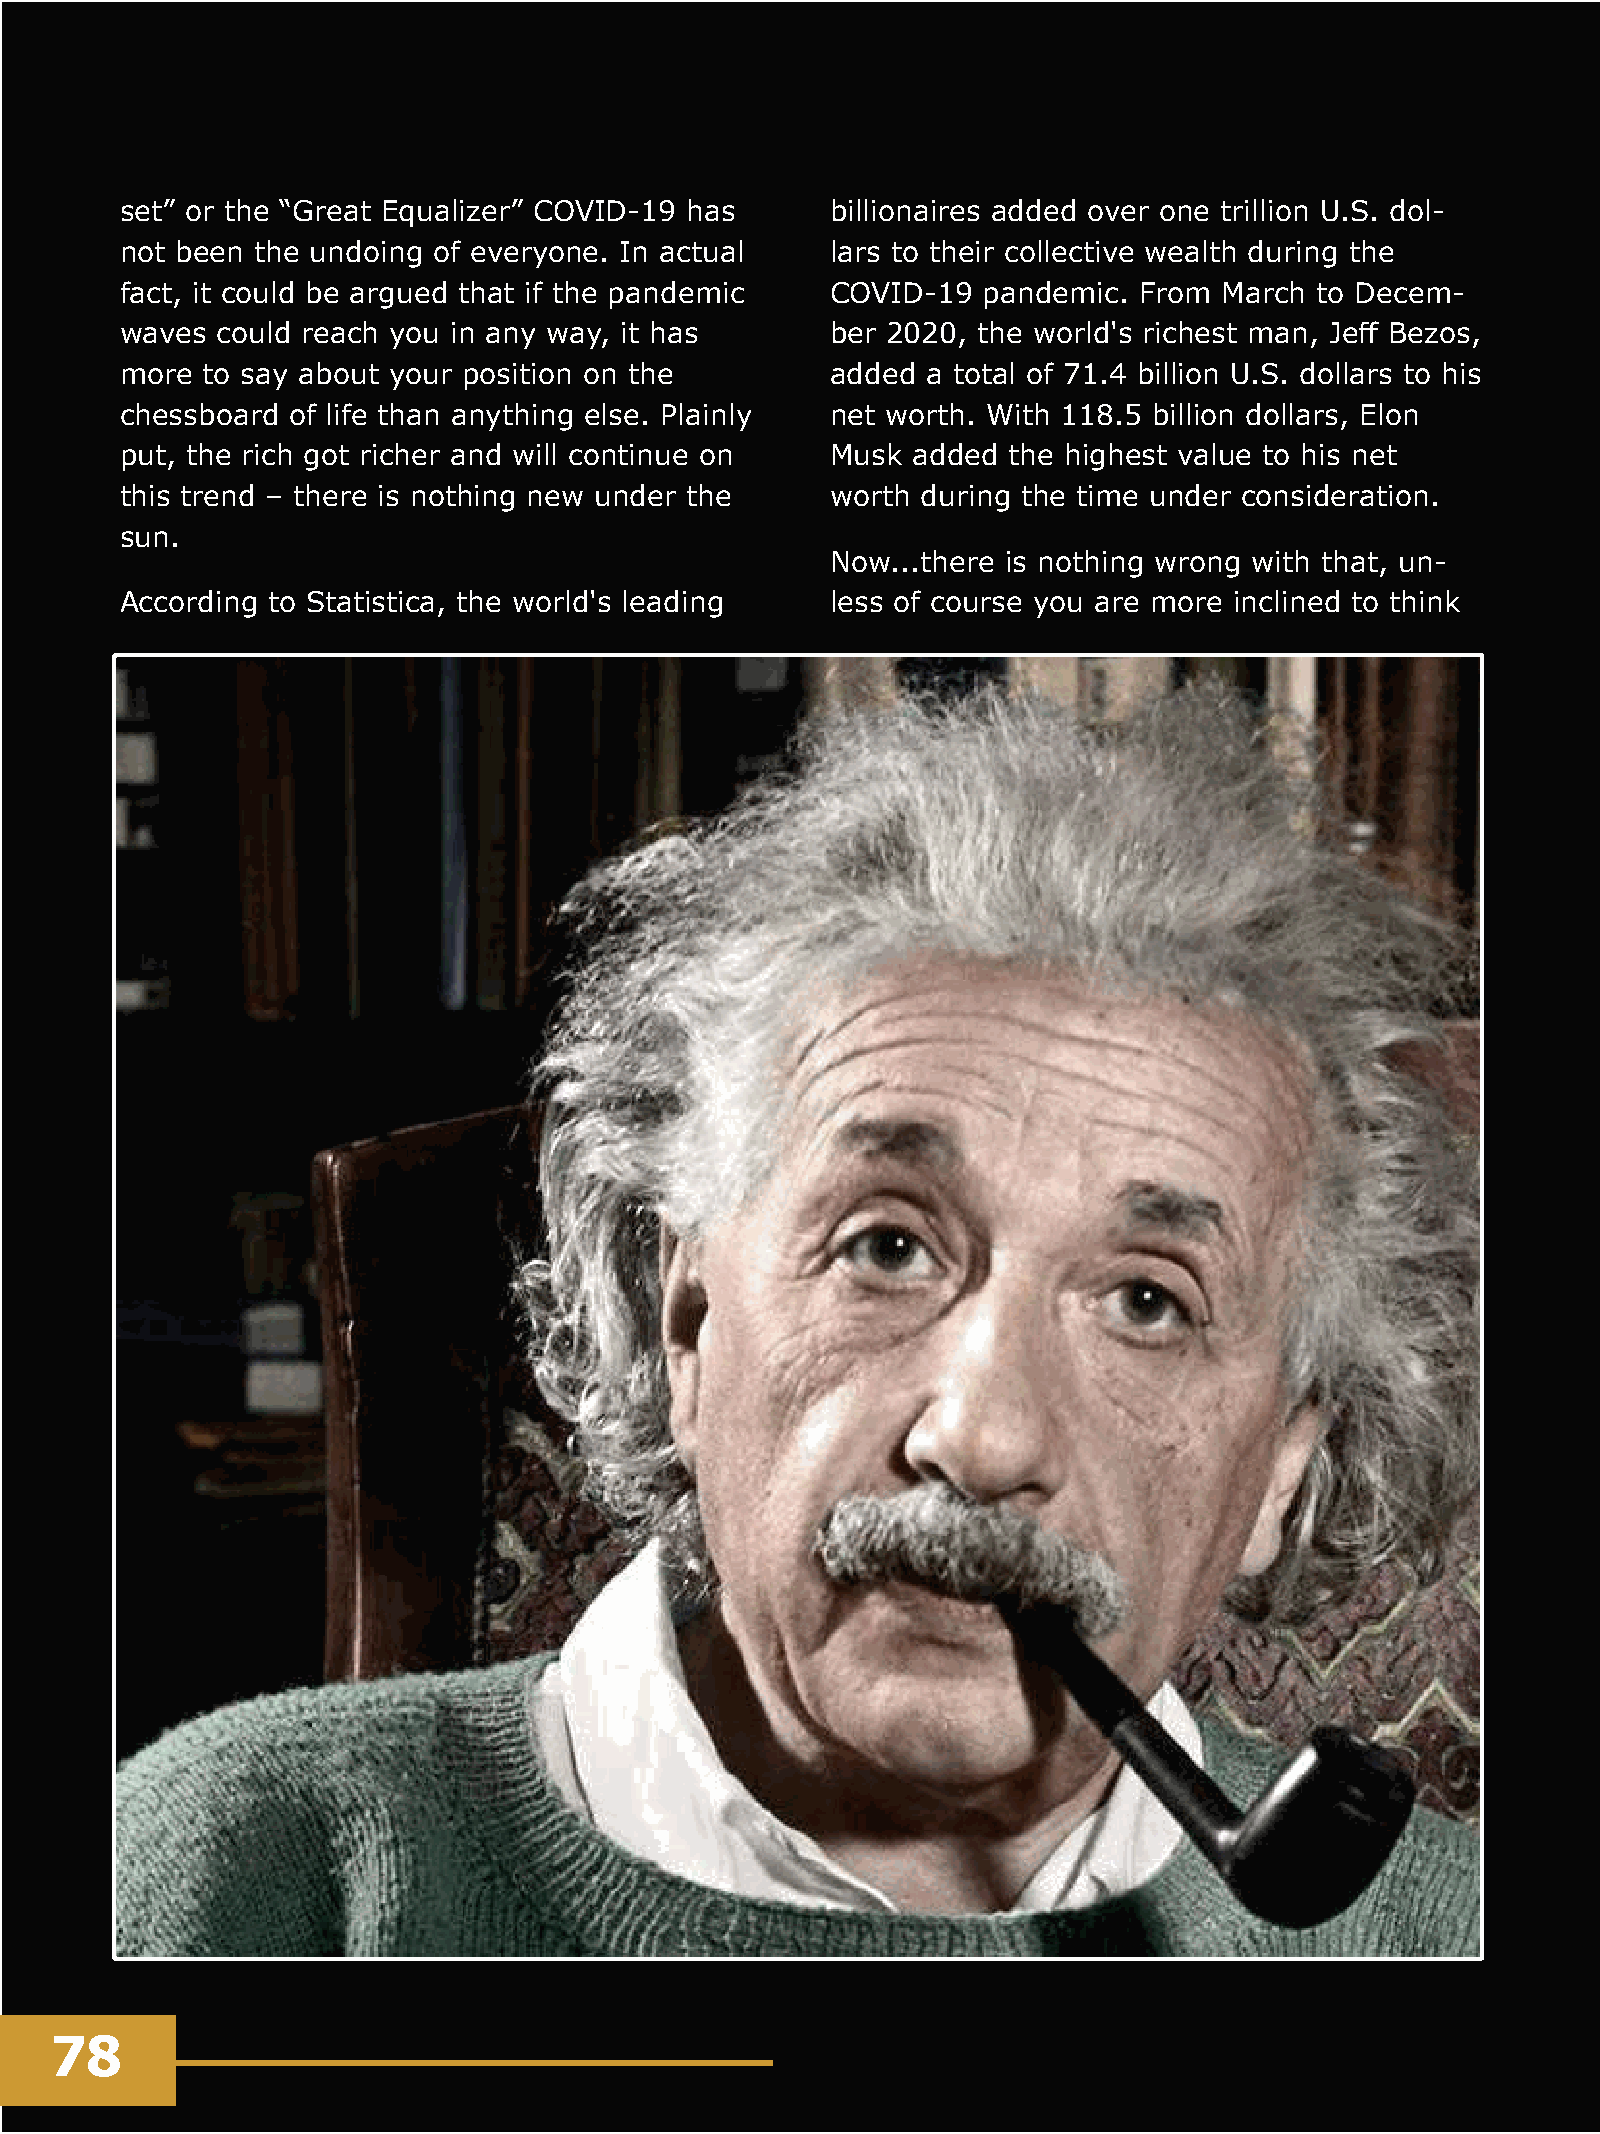
Jambo  Africa Online - Vol.6, March 2021
 set” or the “Great Equalizer” COVID-19 has     billionaires added over one trillion U.S. dol-
 not been the undoing of everyone. In actual    lars to their collective wealth during the
 fact, it could be argued that if the pandemic  COVID-19  pandemic. From  March to Decem-
 waves could reach you in any way, it has       ber 2020, the world's richest man, Jeff Bezos,
 more to say about your position on the         added a total of 71.4 billion U.S. dollars to his
 chessboard of life than anything else. Plainly net worth. With 118.5 billion dollars, Elon
 put, the rich got richer and will continue on  Musk added  the highest value to his net
 this trend – there is nothing new under the    worth during the time under consideration.
 sun.
 Now...there is nothing wrong with that, un-
 According to Statistica, the world's leading   less of course you are more inclined to think
 78
 - Africa: Services. Products. Channels.